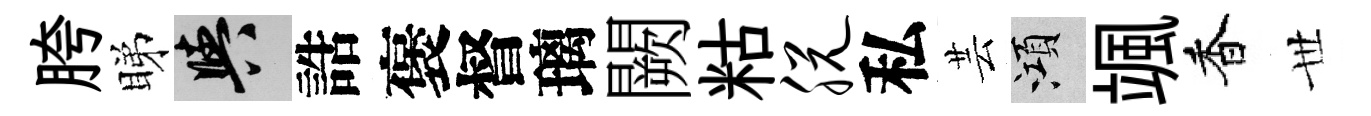
胯睇阳誥褒督璃闕䊀脱私芸澒颯香𠀍